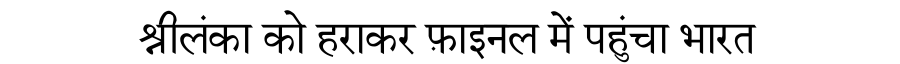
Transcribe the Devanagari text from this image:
श्रीलंका को हराकर फ़ाइनल में पहुंचा भारत